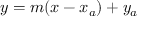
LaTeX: y = m ( x - x _ { a } ) + y _ { a }